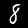
Label: 8